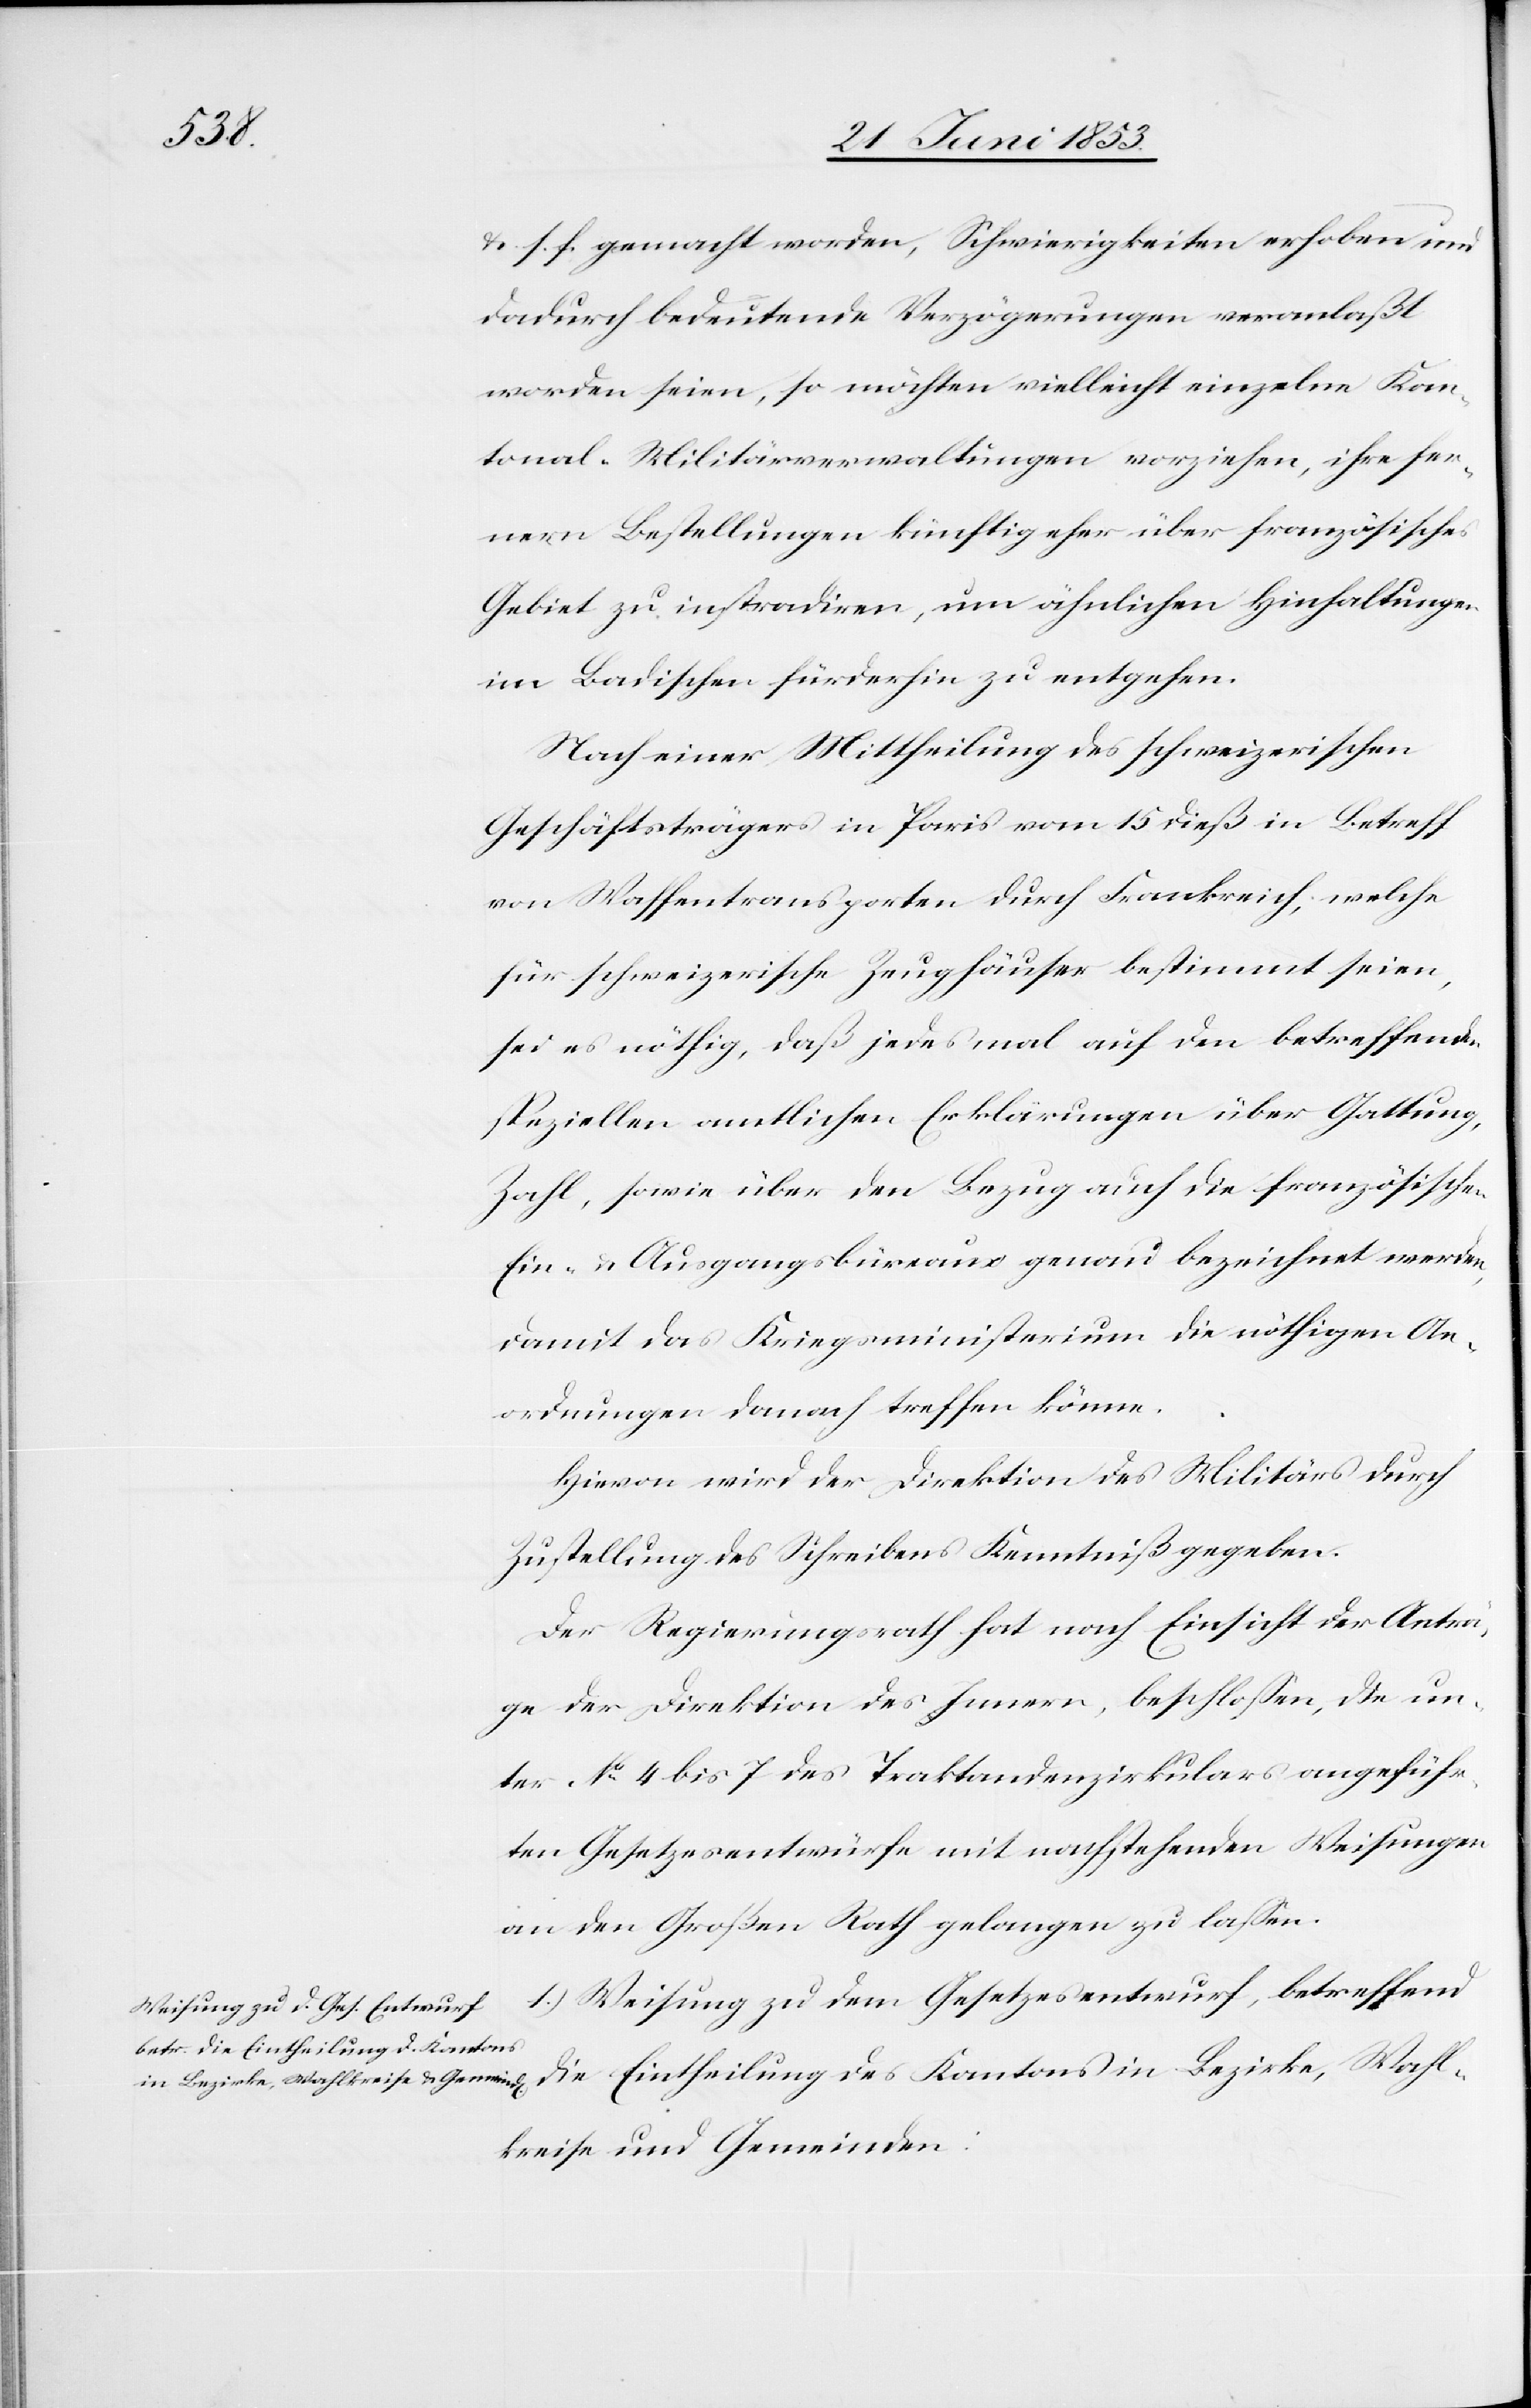
u. s. f. gemacht worden, Schwierigkeiten erhoben und
dadurch bedeutende Verzögerungen veranlaßt
worden seien, so möchten vielleicht einzelne Kan¬
tonal-Militärverwaltungen vorziehen, ihre fer¬
nern Bestellungen künftig eher über französisches
Gebiet zu intradiren, um ähnlichen Hinhaltungen
im Badischen fürderhin zu entgehen.
Nach einer Mittheilung des schweizerischen
Geschäftsträgers in Paris vom 15 dieß in Betreff
von Waffentransporten durch Frankreich, welche
für schweizerische Zeughäuser bestimmt seien,
sei es nöthig, daß jedesmal auf den betreffenden
speziellen amtlichen Erklärungen über Gattung,
Zahl, sowie über den Bezug auf die französischen
Ein- u. Ausgangsbüreaus genau bezeichnet werden,
damit das Kriegsministerium die nöthigen An¬
ordnungen danach treffen könne.
Hievon wird der Direktion des Militärs durch
Zustellung des Schreibens Kenntniß gegeben.
Der Regierungsrath hat nach Einsicht der Anträ¬
ge der Direktion des Innern, beschloßen, die un¬
ter N°. 4 bis 7 des Traktandenzirkulars angeführ¬
ten Gesetzesentwürfe mit nachstehenden Weisungen
an den Großen Rath gelangen zu laßen.
1.) Weisung zu dem Gesetzesentwurf, betreffend
die Eintheilung des Kantons in Bezirke, Wahl¬
kreise und Gemeinden: